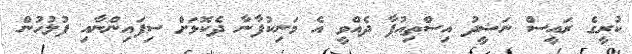
ކުރީގެ ރައީސް ނަޝީދު އިސްތިއުފާ ދެއްވީ އެ މަނިކުފާނާ ދެކޮޅަށް ސިފައިންނާއި ފުލުހުން